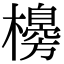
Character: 櫋